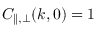
C _ { \parallel , \perp } ( k , 0 ) = 1